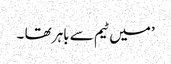
’میں ٹیم سے باہر تھا ۔